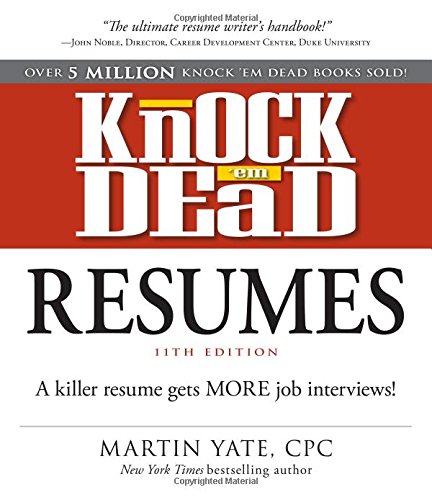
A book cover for Knock 'em Dead Resumes: A Killer Resume Gets More Job Interviews!; Martin Yate CPC; Business & Money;